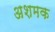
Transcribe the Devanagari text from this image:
अशमक